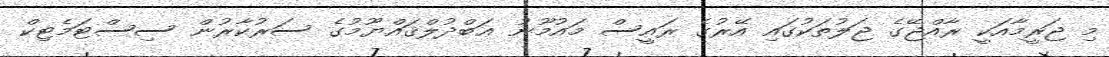
މި ޖަރީމާއަކީ ރާއްޖޭގެ ޖަލުތަކުގައި އޭރުގެ ރައީސް މައުމޫނު ޢަބްދުލްޤައްޔޫމުގެ ސަރުކާރުން ސިސްޓަމެޓިކް